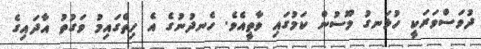
ދުވަސްވަރަކީ ހުޅަނގު މޫސުން ކަމުގައި ވާތީއެވެ. ހެނދުނުގެ އެ ހިތްގައިމު ވަގުތު އާދައިގެ